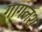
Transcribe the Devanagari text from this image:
गागलश